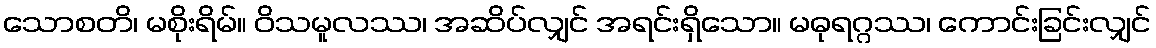
သောစတိ၊ မစိုးရိမ်။ ဝိသမူလဿ၊ အဆိပ်လျှင် အရင်းရှိသော။ မဓုရဂ္ဂဿ၊ ကောင်းခြင်းလျှင်